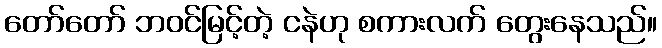
တော်တော် ဘဝင်မြင့်တဲ့ ငနဲဟု စကားလက် တွေးနေသည်။